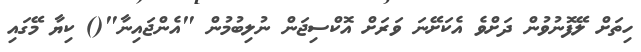
ހިތަށް ލޭފޮނުވުން ދަށްވެ އެކަށޭނަ ވަރަށް އޮކްސިޖަން ނުލިބުމުން "އެންޖައިނާ"() ކިޔާ މޭގައި